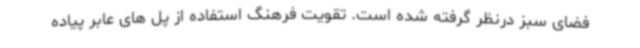
فضای سبز درنظر گرفته شده است. تقویت فرهنگ استفاده از پل های عابر پیاده